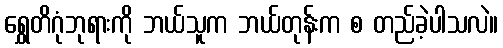
ရွှေတိဂုံဘုရားကို ဘယ်သူက ဘယ်တုန်းက စ တည်ခဲ့ပါသလဲ။